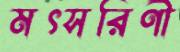
মৎসরিণী